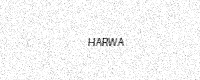
Text: HARWA